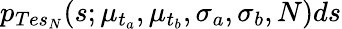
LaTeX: p_{Tes_{N}}(s;\mu_{t_{a}},\mu_{t_{b}},\sigma_{a},\sigma_{b},N)ds